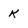
Character: K